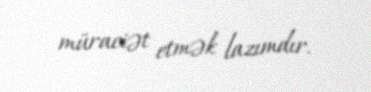
müraciət etmək lazımdır.